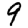
Digit: 9